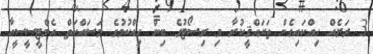
3 ރަށެއް ހިއްކައިގެން ތަރައްޤީކުރާ މި ރިސޯޓުގެ ބިން ހިއްކުމުގެ މަސައްކަތް އެމްޓީސީސީއާ